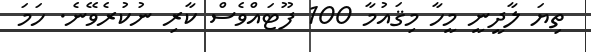
ތިޔަ ލާދީނީ މީހާ މިޤައުމާ 100 ފޫޓައްވެސް ކާރި ނުކުރެވޭނެ. ހަމަ